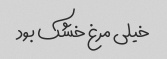
خیلی مرغ خشک بود